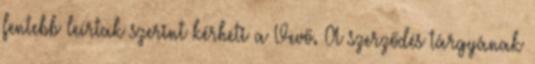
fentebb leírtak szerint kérheti a Vevő. A szerződés tárgyának